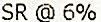
SR @ 6%